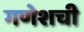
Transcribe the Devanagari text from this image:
गणेशची